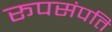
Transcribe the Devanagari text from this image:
रूपसंपति